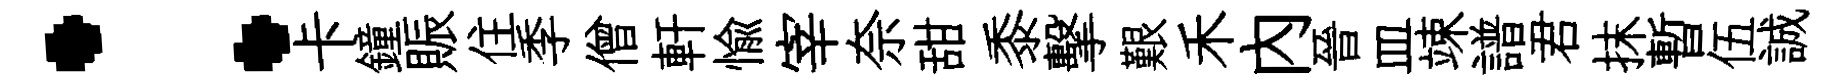
：卡鐘賑住季僧軒愉宰奈甜黍擊艱禾内晉皿竦譜君抹暫伍誠